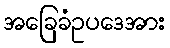
အခြေခံဥပဒေအား